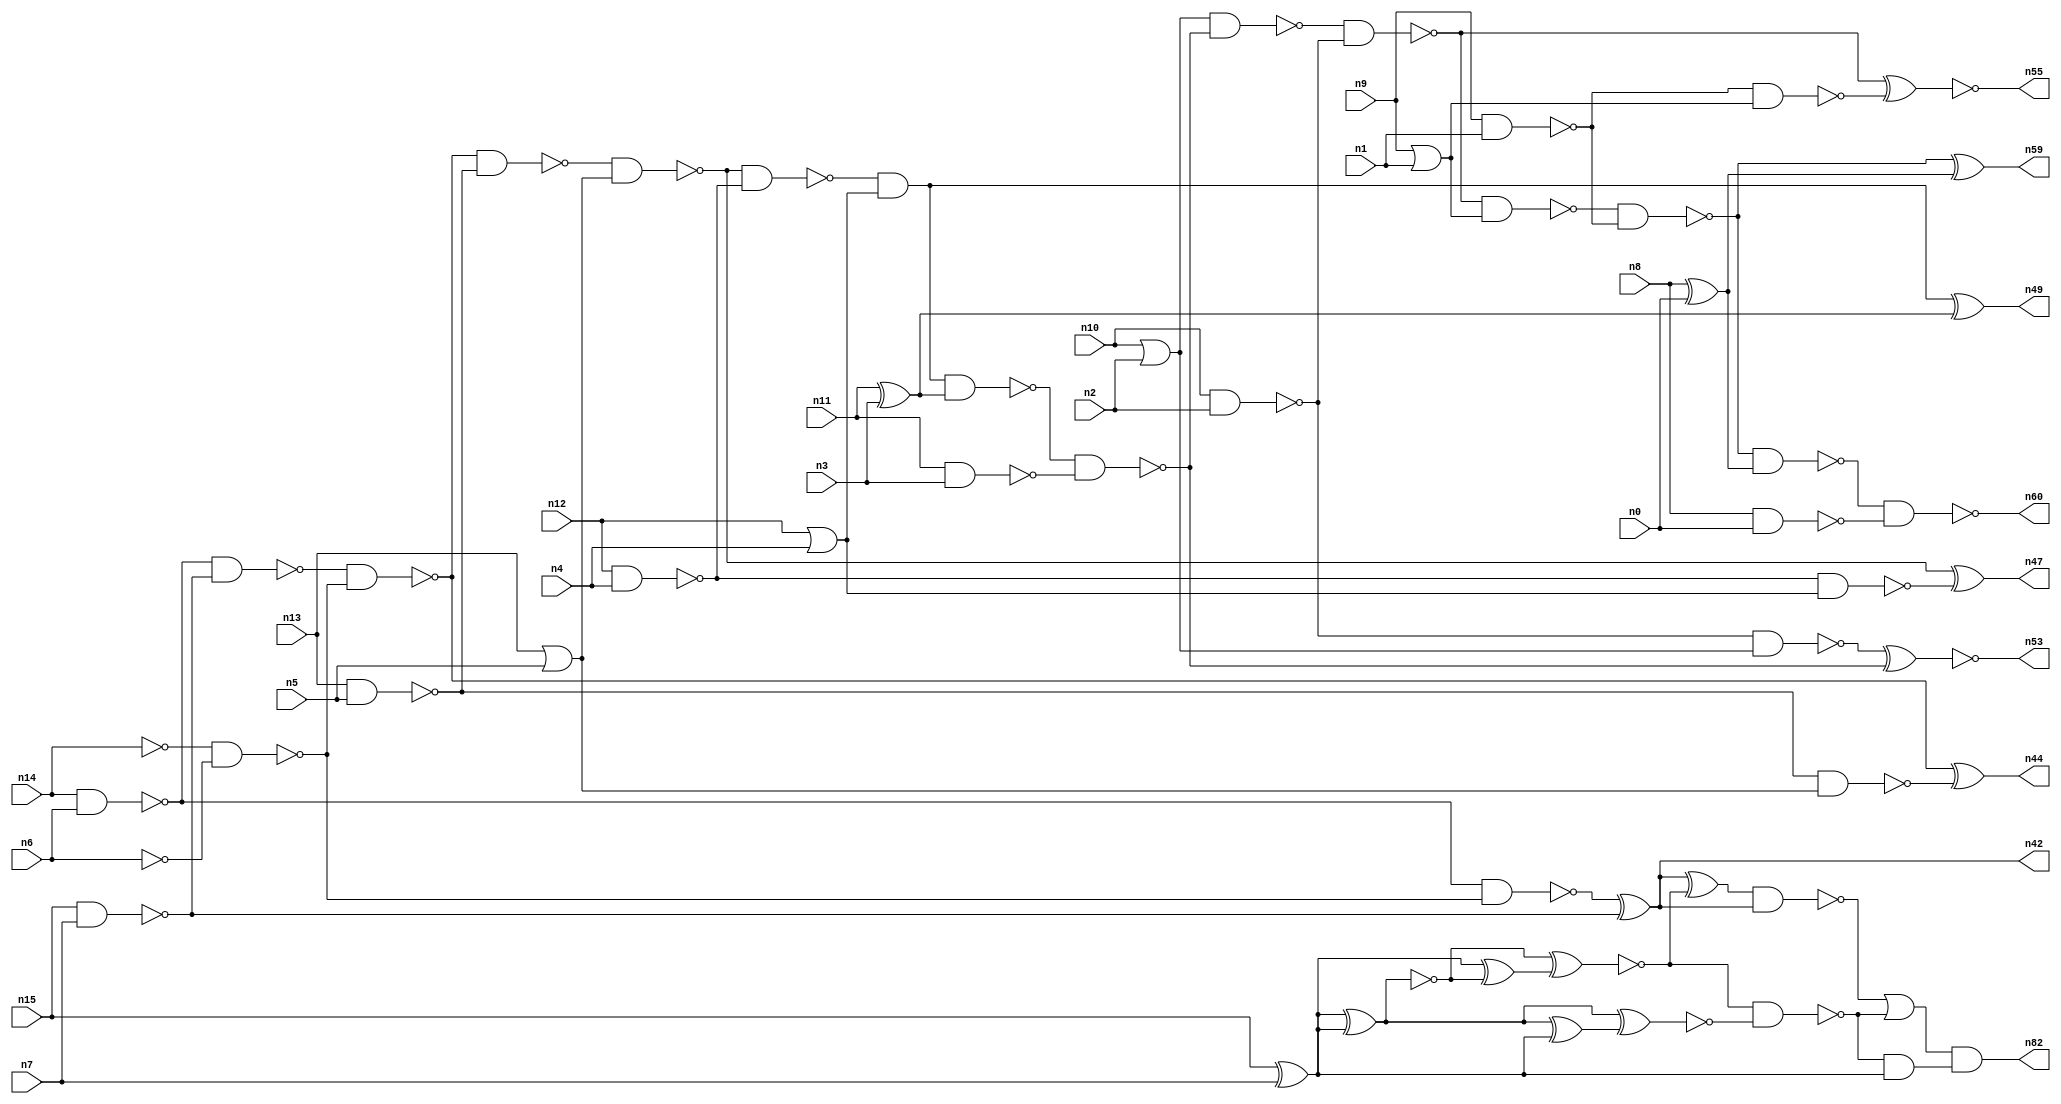
// This program was cloned from: https://github.com/umar-afzaal/ReCkt
// License: MIT License

// This file contains a pareto-optimal circuit with respect to pdp and the fault-resilince parameter p_fault which is defined as:
// "For all input vectors, the ratio of the no. of faults observable at the POs to the no. of total possible faults in the circuit".
// This code is part of the ReCkt library (https://github.com/umar-afzaal/ReCkt) distributed under The MIT License.
// When used, please cite the following article(s):
// U. Afzaal, A.S. Hassan, M. Usman and J.A. Lee, "On the Evolutionary Synthesis of Increased Fault-resilience Arithmetic Circuits".

// p_fault = 82.2 %    (Lower is better)
// gates = 58.0
// levels = 15
// area = 73.95    (For MCNC library relative to nand2)
// power = 394.1 uW    (Berkely-SIS for MCNC library @ Vdd=5V and 20 MHz clock)
// delay = 15.9 ns    (Berkely-ABC for MCNC library)
// PDP = 6.26619e-12 J

// Pin mapping:
// {n0, n1, n2, n3, n4, n5, n6, n7} = A[7:0]
// {n8, n9, n10, n11, n12, n13, n14, n15} = B[7:0]
// {n60, n59, n55, n53, n49, n47, n44, n42, n82} = O[8:0]

module addr8u_pdp_18 (
n0, n1, n2, n3, n4, n5, n6, n7, n8, n9, n10, n11, n12, n13, n14, n15, 
n60, n59, n55, n53, n49, n47, n44, n42, n82
);

input n0, n1, n2, n3, n4, n5, n6, n7, n8, n9, n10, n11, n12, n13, n14, n15;
output n60, n59, n55, n53, n49, n47, n44, n42, n82;
wire n30, n24, n52, n61, n46, n63, n68, n79, n18, n74, n17, n65, n51, n45, n36, n20, n37, n56, n23, n16, 
n40, n48, n62, n66, n21, n25, n41, n54, n67, n27, n33, n28, n58, n22, n38, n39, n57, n31, n70, n19, 
n34, n32, n26, n50, n43, n29, n64, n72, n35;

nand (n16, n9, n1);
not (n17, n6);
or (n18, n12, n4);
xor (n19, n8, n0);
or (n20, n10, n2);
xor (n21, n11, n3);
nor (n22, n9, n1);
nand (n23, n12, n4);
nand (n24, n14, n6);
nand (n25, n15, n7);
xor (n26, n15, n7);
not (n27, n14);
nand (n28, n11, n3);
nand (n29, n10, n2);
or (n30, n13, n5);
nand (n31, n13, n5);
nand (n32, n8, n0);
nand (n33, n23, n18);
nand (n34, n27, n17);
not (n35, n22);
nand (n36, n31, n30);
nand (n37, n24, n25);
nand (n38, n29, n20);
nand (n39, n37, n34);
nand (n40, n24, n34);
nand (n41, n16, n35);
xor (n42, n40, n25);
nand (n43, n39, n31);
xor (n44, n39, n36);
nand (n45, n43, n30);
nand (n46, n45, n23);
xor (n47, n45, n33);
and (n48, n46, n18);
xor (n49, n48, n21);
nand (n50, n48, n21);
nand (n51, n50, n28);
nand (n52, n20, n51);
xnor (n53, n38, n51);
nand (n54, n52, n29);
xnor (n55, n54, n41);
nand (n56, n54, n35);
nand (n57, n56, n16);
nand (n58, n57, n19);
xor (n59, n57, n19);
nand (n60, n58, n32);
xnor (n61, n26, n26);
xnor (n62, n26, n26);
xor (n63, n26, n62);
not (n64, n61);
xnor (n65, n62, n63);
xor (n66, n64, n26);
xnor (n67, n64, n66);
xor (n68, n42, n65);
nand (n70, n65, n67);
and (n72, n70, n26);
nand (n74, n68, n42);
or (n79, n74, n70);
and (n82, n79, n72);

endmodule